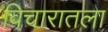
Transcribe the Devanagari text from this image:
विचारातला